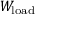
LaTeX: W _ { \mathrm { l o a d } }